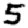
Digit: 5